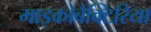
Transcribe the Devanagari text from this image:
माइकोबैक्टिरिया